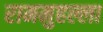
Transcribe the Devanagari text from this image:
राममुहल्ला